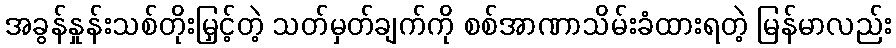
အခွန်နှုန်းသစ်တိုးမြှင့်တဲ့ သတ်မှတ်ချက်ကို စစ်အာဏာသိမ်းခံထားရတဲ့ မြန်မာလည်း